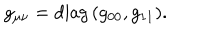
LaTeX: g _ { \mu \nu } = \mathrm { d i a g } \, ( g _ { 0 0 } , g _ { 1 1 } ) .